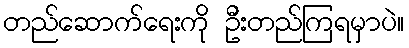
တည်ဆောက်ရေးကို ဦးတည်ကြရမှာပဲ။